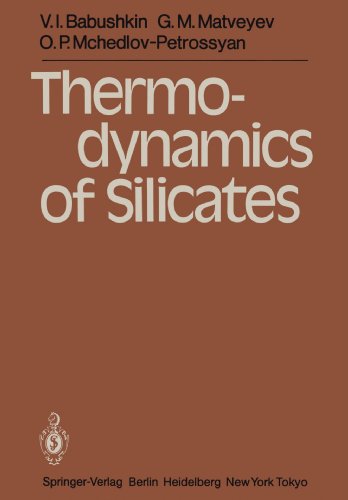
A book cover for Thermodynamics of Silicates; V.I. Babushkin; Science & Math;